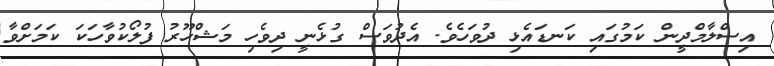
އިސްލާމްދީން ކަމުގައި ކަނޑައެޅި ދުވަހެވެ. އެދުވަސް ގުޅެނީ ދިވެހި މަޝްހޫރު ފުލޯކުވާހަކަ ކަމަށްވާ